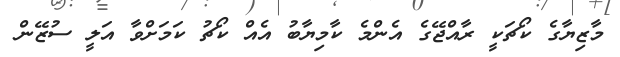
މާޒިޔާގެ ކޯޗަކީ ރާއްޖޭގެ އެންމެ ކާމިޔާބު އެއް ކޯޗު ކަމަށްވާ އަލީ ސުޒޭން